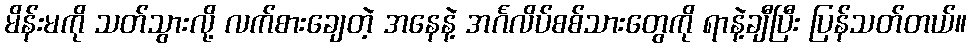
မိန်းမကို သတ်သွားလို့ လက်စားချေတဲ့ အနေနဲ့ အင်္ဂလိပ်စစ်သားတွေကို ရာနဲ့ချီပြီး ပြန်သတ်တယ်။